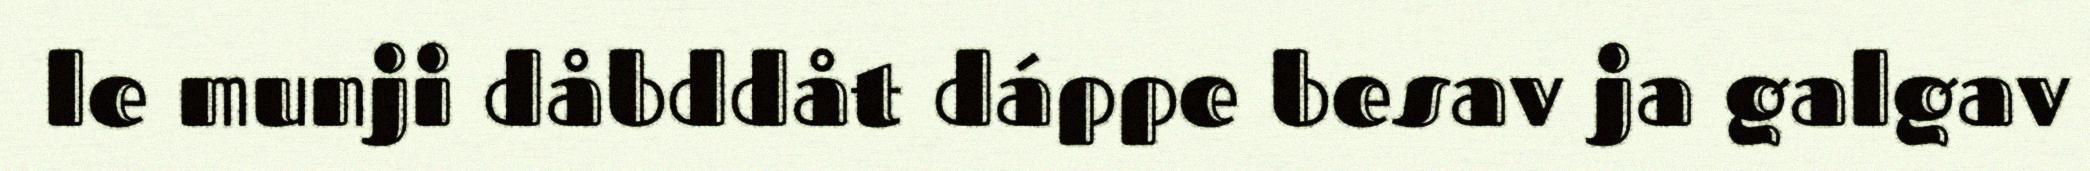
le munji dåbddåt dáppe besav ja galgav